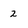
Character: 2